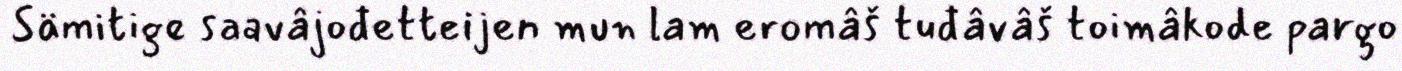
Sämitige saavâjođetteijen mun lam eromâš tuđâvâš toimâkode pargo